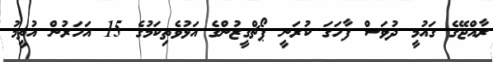
ރާއްޖޭގެ ގައުމީ ދުވަސް ފާހަގަ ކުރަނީ ޕޯޗްގީޒުންގެ އަޅުވެތިކަމުގެ 15 އަހަރުން އުތީމު